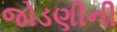
જોડણીની